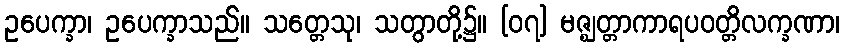
ဥပေက္ခာ၊ ဥပေက္ခာသည်။ သတ္တေသု၊ သတွာတို့၌။ [၀၇] မဇ္ဈတ္တာကာရပဝတ္တိလက္ခဏာ၊